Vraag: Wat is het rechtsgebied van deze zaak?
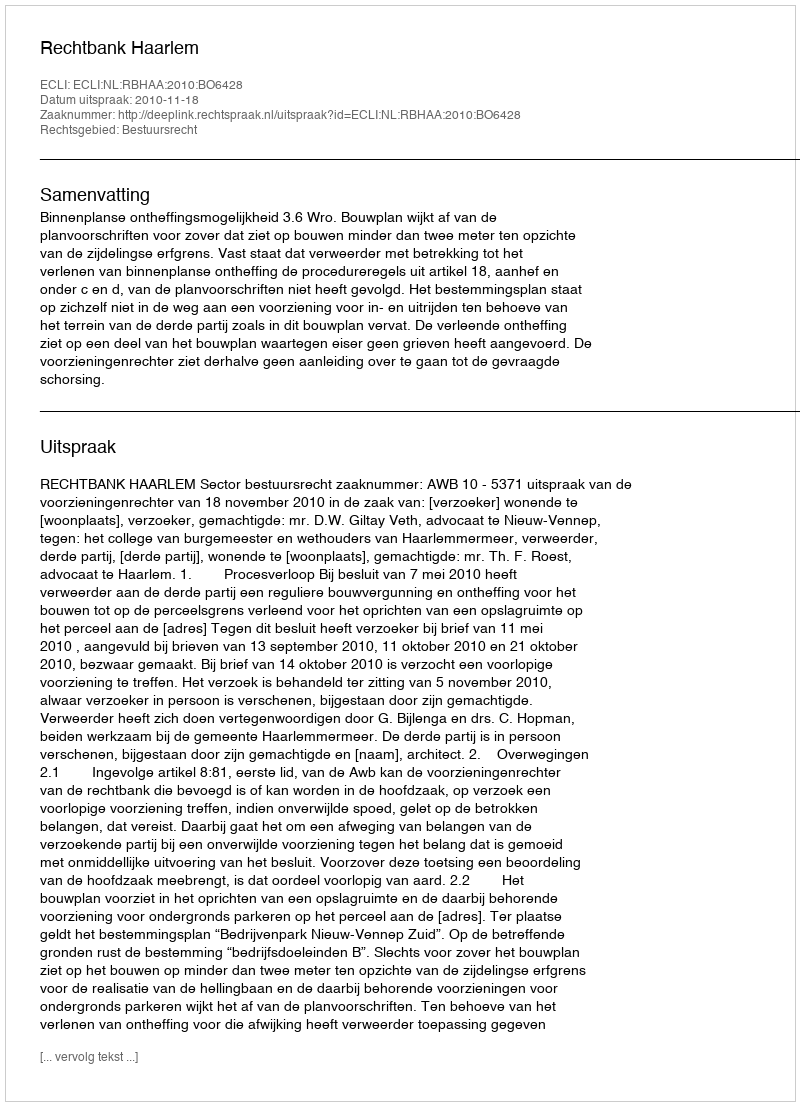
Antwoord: Bestuursrecht